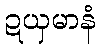
ဍယှမာနံ